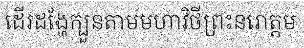
ដើរដង្ហែក្បួនតាមមហាវិថីព្រះនរោត្តម